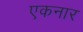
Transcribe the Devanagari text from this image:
एकनार